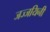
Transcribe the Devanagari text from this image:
जज्जयिनी